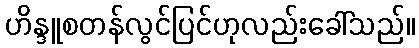
ဟိန္ဒူစတန်လွင်ပြင်ဟုလည်းခေါ်သည်။